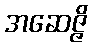
အဆေဇ္ဇိ